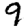
Digit: 9